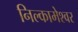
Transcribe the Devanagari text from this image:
निल्कामेश्वर